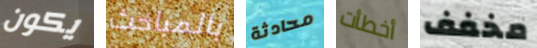
يكون بالمباحث محادثة أخطأت مخفف